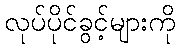
လုပ်ပိုင်ခွင့်များကို